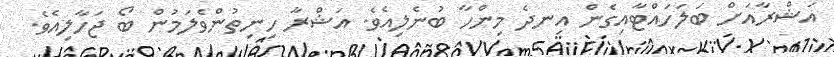
އަޝްރާއަށް ބަލަހައްޓާއިގެން އިނދެ މިންހާ ބުނެލިއެވެ. އަޝްރާ ހިނިތުންވެލަމުން ބޯ ޖަހާލިއެވެ.